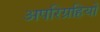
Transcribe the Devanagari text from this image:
अपरिग्रहियों